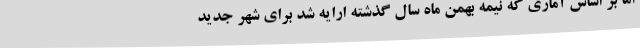
اما بر اساس آماری که نیمه بهمن ماه سال گذشته ارایه شد برای شهر جدید